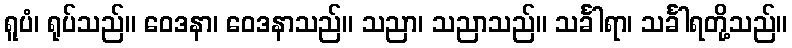
ရူပံ၊ ရုပ်သည်။ ဝေဒနာ၊ ဝေဒနာသည်။ သညာ၊ သညာသည်။ သင်္ခါရာ၊ သင်္ခါရတို့သည်။